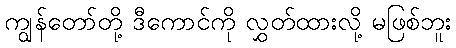
ကျွန်တော်တို့ ဒီကောင်ကို လွှတ်ထားလို့ မဖြစ်ဘူး